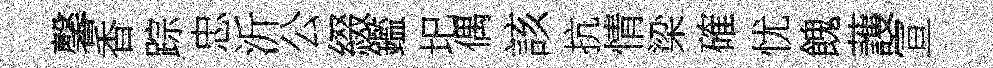
馨香踪忠沂公綴鑑圯偶該抗情梁確忧餽䕶宣